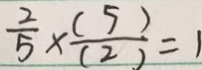
\frac { 2 } { 5 } \times \frac { ( 5 ) } { ( 2 ) } = 1